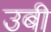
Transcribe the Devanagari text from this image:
उबी